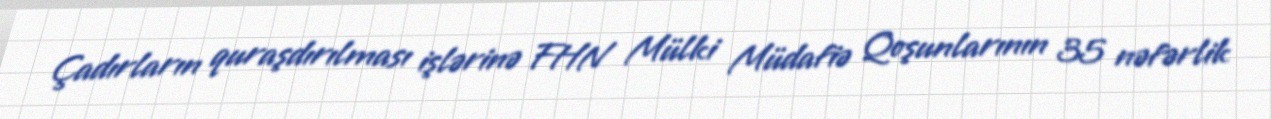
Çadırların quraşdırılması işlərinə FHN Mülki Müdafiə Qoşunlarının 35 nəfərlik